Subject: cs
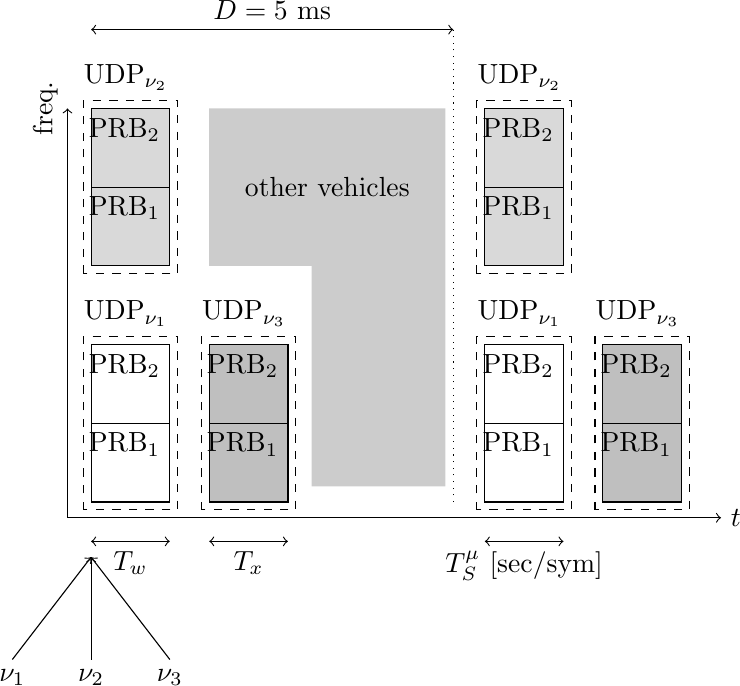
LaTeX code:
    \begin{tikzpicture}
        \draw[->] (-.3,-.2) -- (8,-.2)
            node[anchor=west] {$t$};
        \draw[->] (-.3,-.2) -- (-.3,5)
            node[anchor=south,
            rotate=90] {freq.};

        \draw[black] (0,0) rectangle ++(1,1)
            node[anchor=north east]
            {PRB\textsubscript{1}};
        \draw[black] (0,1) rectangle ++(1,1)
            node[anchor=north east]
            {PRB\textsubscript{2}};
        \draw[black,dashed] (-.1,-.1) rectangle ++(1.2,2.2)
            node[anchor=south east]  {UDP$_{\nu_1}$};

        \draw[black,fill=gray!30] (0,3) rectangle ++(1,1)
            node[anchor=north east]
            {PRB\textsubscript{1}};
        \draw[black,fill=gray!30] (0,4) rectangle ++(1,1)
            node[anchor=north east]
            {PRB\textsubscript{2}};
        \draw[black,dashed] (-.1,2.9) rectangle ++(1.2,2.2)
            node[anchor=south east]  {UDP$_{\nu_2}$};

        \draw[black,fill=gray!50] (1.5,0) rectangle ++(1,1)
            node[anchor=north east]
            {PRB\textsubscript{1}};
        \draw[black,fill=gray!50] (1.5,1) rectangle ++(1,1)
            node[anchor=north east]
            {PRB\textsubscript{2}};
        \draw[black,dashed] (1.4,-.1) rectangle ++(1.2,2.2)
            node[anchor=south east]  {UDP$_{\nu_3}$};

        \draw[black] (5,0) rectangle ++(1,1)
            node[anchor=north east]
            {PRB\textsubscript{1}};
        \draw[black] (5,1) rectangle ++(1,1)
            node[anchor=north east]
            {PRB\textsubscript{2}};
        \draw[black,dashed] (4.9,-.1) rectangle ++(1.2,2.2)
            node[anchor=south east]  {UDP$_{\nu_1}$};

        \draw[black,fill=gray!30] (5,3) rectangle ++(1,1)
            node[anchor=north east]
            {PRB\textsubscript{1}};
        \draw[black,fill=gray!30] (5,4) rectangle ++(1,1)
            node[anchor=north east]
            {PRB\textsubscript{2}};
        \draw[black,dashed] (4.9,2.9) rectangle ++(1.2,2.2)
            node[anchor=south east]  {UDP$_{\nu_2}$};

        \draw[black,fill=gray!50] (6.5,0) rectangle ++(1,1)
            node[anchor=north east]
            {PRB\textsubscript{1}};
        \draw[black,fill=gray!50] (6.5,1) rectangle ++(1,1)
            node[anchor=north east]
            {PRB\textsubscript{2}};
        \draw[black,dashed] (6.4,-.1) rectangle ++(1.2,2.2)
            node[anchor=south east]  {UDP$_{\nu_3}$};

        \draw[->] (-1,-2) --
            node[pos=0,anchor=north] {$\nu_1$}
            (0,-.7);
        \draw[->] (0,-2) --
            node[pos=0,anchor=north] {$\nu_2$}
            (0,-.7);
        \draw[->] (1,-2) --
            node[pos=0,anchor=north] {$\nu_3$}
            (0,-.7);

        \draw[<->] (5,-.5) -- (6,-.5)
            node[pos=0.5,anchor=north]
            {$T_S^\mu$ [sec/sym]};

        \draw[<->] (0,6) -- (4.6,6)
            node[pos=0.5,anchor=south]
            {$D=5$ ms};
        \draw[dotted] (4.6,0) -- (4.6,6);

        \draw[<->] (0,-.5) -- (1,-.5)
            node[pos=0.5,anchor=north]
            {$T_w$};
        \draw[<->] (1.5,-.5) -- (2.5,-.5)
            node[pos=0.5,anchor=north]
            {$T_x$};

        \path[fill=gray!40,line join=round,line cap=round] (2.8,.2) -- (4.5,.2) -- (4.5, 5)
            -- (1.5, 5) -- (1.5, 3)
            -- (2.8, 3);
        \node at (3,4) {other vehicles};

    \end{tikzpicture}